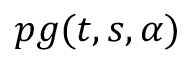
p g ( t , s , \alpha )